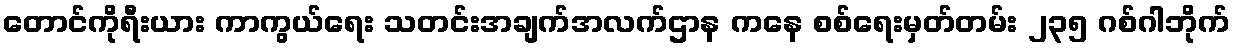
တောင်ကိုရီးယား ကာကွယ်ရေး သတင်းအချက်အလက်ဌာန ကနေ စစ်ရေးမှတ်တမ်း ၂၃၅ ဂစ်ဂါဘိုက်